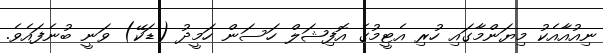
ނިއުއާއެކު މިޔަންމާގައި ހުރި އެޓީމުގެ އޮފިޝަލް ހަސަން ހަމީދު (ޑަކޭ) ވަނީ ބުނެފައެވެ.